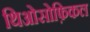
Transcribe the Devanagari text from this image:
थिओसोफ़िकल